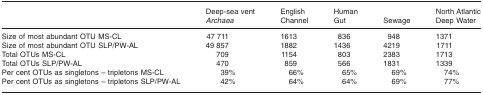
<table><thead><tr><td></td><td><b>Deep-sea vent <i>Archaea</i></b></td><td><b>English Channel</b></td><td><b>Human Gut</b></td><td><b>Sewage</b></td><td><b>North Atlantic Deep Water</b></td></tr></thead><tbody><tr><td>Size of most abundant OTU MS-CL</td><td>47 711</td><td>1613</td><td>836</td><td>948</td><td>1371</td></tr><tr><td>Size of most abundant OTU SLP/PW-AL</td><td>49 857</td><td>1882</td><td>1436</td><td>4219</td><td>1711</td></tr><tr><td>Total OTUs MS-CL</td><td>709</td><td>1154</td><td>803</td><td>2383</td><td>1713</td></tr><tr><td>Total OTUs SLP/PW-AL</td><td>470</td><td>859</td><td>566</td><td>1831</td><td>1339</td></tr><tr><td>Per cent OTUs as singletons – tripletons MS-CL</td><td>39%</td><td>66%</td><td>65%</td><td>69%</td><td>74%</td></tr><tr><td>Per cent OTUs as singletons – tripletons SLP/PW-AL</td><td>42%</td><td>64%</td><td>64%</td><td>69%</td><td>77%</td></tr></tbody></table>